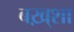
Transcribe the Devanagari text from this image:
बख़्शा